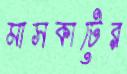
মাসকাটের